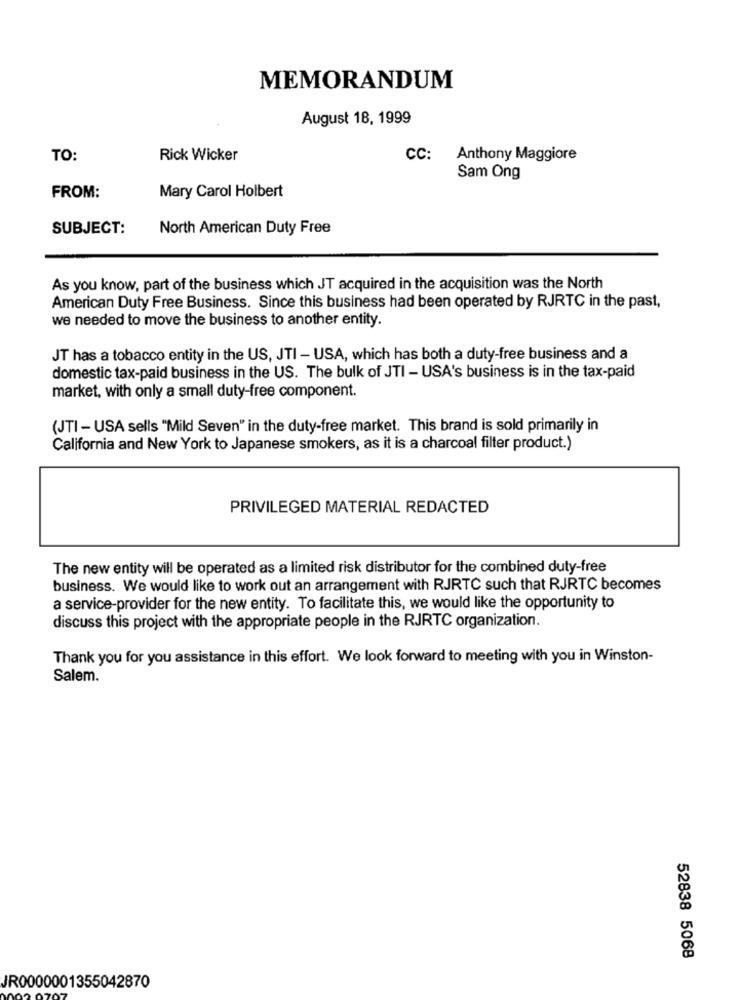
MEMORANDUM
August 18, 1999
TO:
Rick Wicker
CC: Anthony Maggiore
Sam Ong
Mary Carol Holbert
FROM:
SUBJECT:
North American Duty Free
As you know, part of the business which JT acquired in the acquisition was the North
American Duty Free Business. Since this business had been operated by RJRTC in the past,
we needed to move the business to another entity.
JT has a tobacco entity in the US, JTI - USA, which has both a duty-free business and a
domestic tax-paid business in the US. The bulk of JTI - USA's business is in the tax-paid
market, with only a small duty-free component.
(JTI - USA sells "Mild Seven" in the duty-free market. This brand is sold primarily in
California and New York to Japanese smokers, as it is a charcoal filter product.)
PRIVILEGED MATERIAL REDACTED
The new entity will be operated as a limited risk distributor for the combined duty-free
business. We would like to work out an arrangement with RJRTC such that RJRTC becomes
a service-provider for the new entity. To facilitate this, we would like the opportunity to
discuss this project with the appropriate people in the RJRTC organization.
Thank you for you assistance in this effort. We look forward to meeting with you in Winston-
Salem
52838 5068
JR0000001355042870